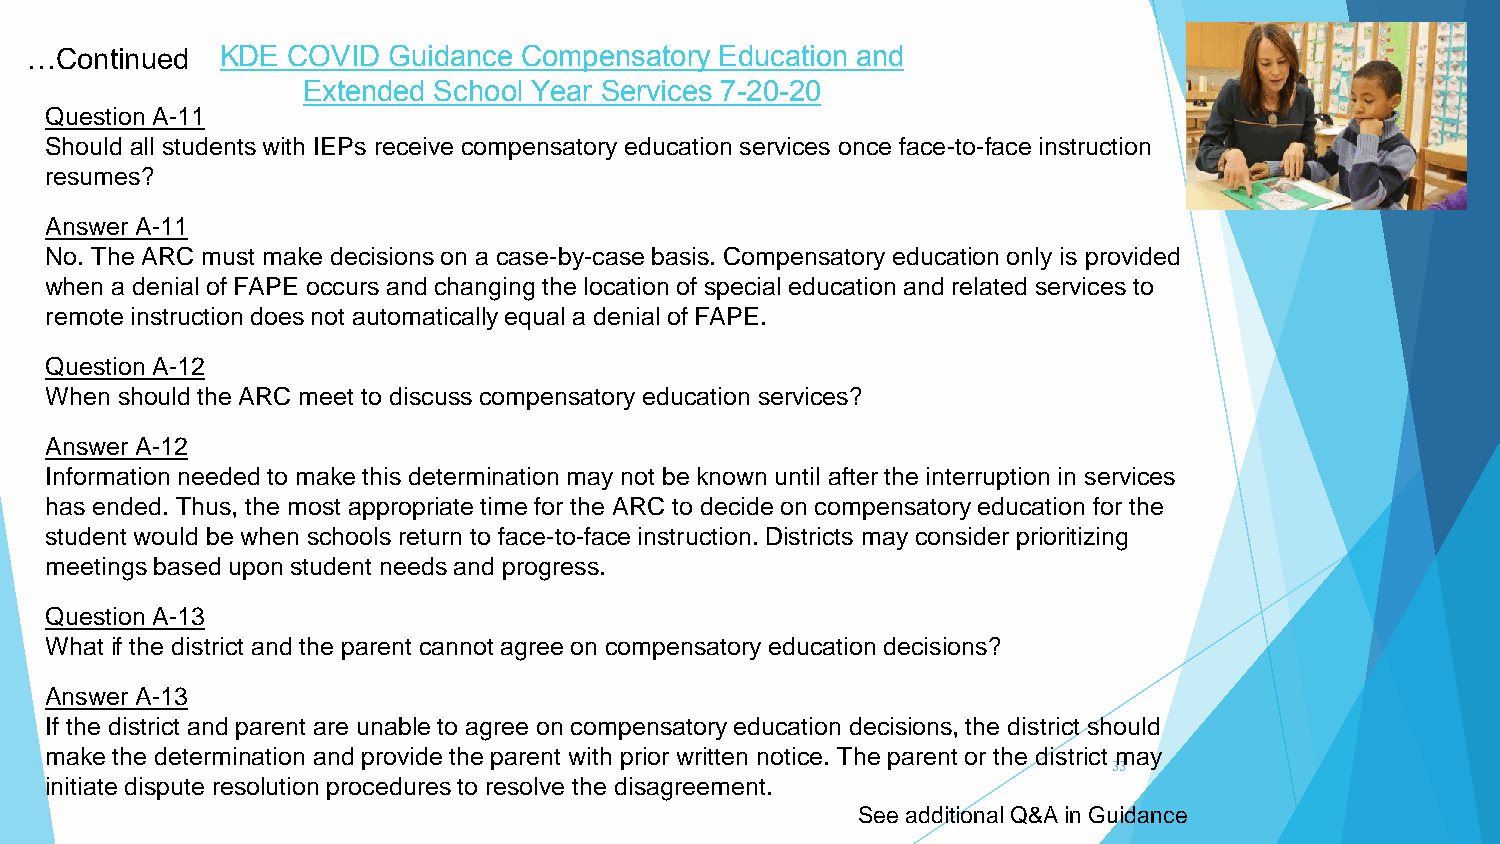
…Continued   KDE COVID  Guidance Compensatory Education and
 Extended School Year Services 7-20-20
 Question A-11
 Should all students with IEPs receive compensatory education services once face-to-face instruction
 resumes?
 Answer A-11
 No. The ARC must make decisions on a case-by-case basis. Compensatory education only is provided
 when a denial of FAPE occurs and changing the location of special education and related services to
 remote instruction does not automatically equal a denial of FAPE.
 Question A-12
 When should the ARC meet to discuss compensatory education services?
 Answer A-12
 Information needed to make this determination may not be known until after the interruption in services
 has ended. Thus, the most appropriate time for the ARC to decide on compensatory education for the
 student would be when schools return to face-to-face instruction. Districts may consider prioritizing
 meetings based upon student needs and progress.
 Question A-13
 What if the district and the parent cannot agree on compensatory education decisions?
 Answer A-13
 If the district and parent are unable to agree on compensatory education decisions, the district should
 make the determination and provide the parent with prior written notice. The parent or the district may
 33
 initiate dispute resolution procedures to resolve the disagreement.
 See additional Q&A in Guidance